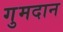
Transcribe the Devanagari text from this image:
गुमदान